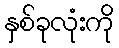
နှစ်ခုလုံးကို